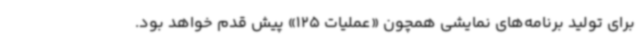
برای تولید برنامه‌های نمایشی همچون «عملیات 125» پیش قدم خواهد بود.